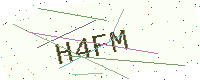
Text: H4FM